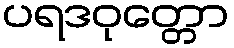
ပရဒဝုတ္တော